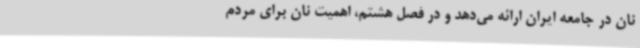
نان در جامعه ایران ارائه می‌دهد و در فصل هشتم، اهمیت نان برای مردم